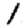
Digit: 1